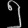
Digit: ၅